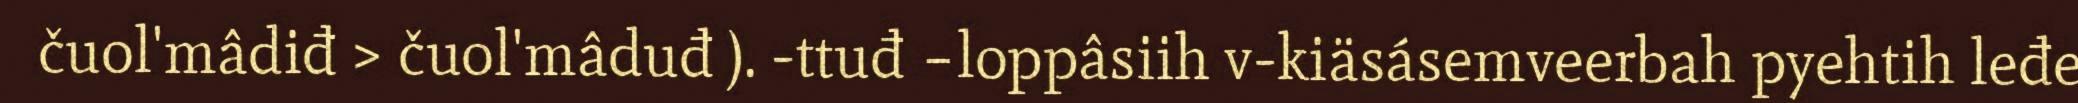
čuol'mâdiđ > čuol'mâduđ ). -ttuđ –loppâsiih v-kiäsásemveerbah pyehtih leđe